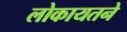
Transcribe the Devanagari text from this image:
लोकायतने